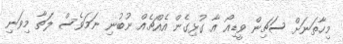
މިހާތަނަށް ސަޗިން ވީޑިއޯ އާ ގުޅިގެން އެއްޗެއް ނުބުނި ނަމަވެސް ލަތާ މިވަނި